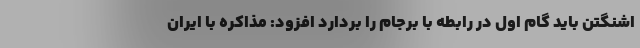
اشنگتن باید گام اول در رابطه با برجام را بردارد افزود: مذاکره با ایران